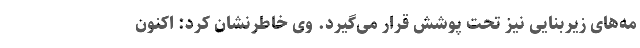
مه‌های زیربنایی نیز تحت پوشش قرار می‌گیرد. وی خاطرنشان کرد: اکنون